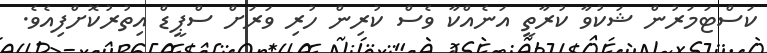
ކަސްޓަމަރުން ޝަކުވާ ކުރާތީ އަނެއްކާ ވެސް ކުރިން ހުރި ވަރަށް ސްޕީޑް އިތުރުކޮށްފިއެވެ.